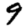
Digit: 9